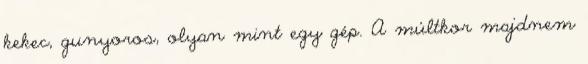
kekec, gunyoros, olyan mint egy gép. A múltkor majdnem